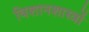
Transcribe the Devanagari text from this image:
विशानशास्त्रों